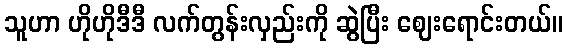
သူဟာ ဟိုဟိုဒီဒီ လက်တွန်းလှည်းကို ဆွဲပြီး ဈေးရောင်းတယ်။